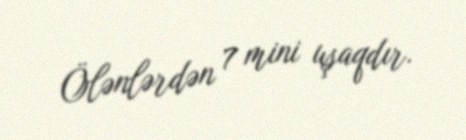
Ölənlərdən 7 mini uşaqdır.